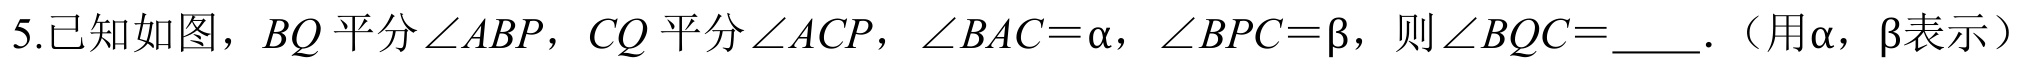
5.已知如图，\(BQ\)平分\(\angle ABP\)，\(CQ\)平分\(\angle ACP\)，\(\angle BAC = \alpha\)，\(\angle BPC = \beta\)，则\(\angle BQC=\)____.（用\(\alpha\)，\(\beta\)表示）